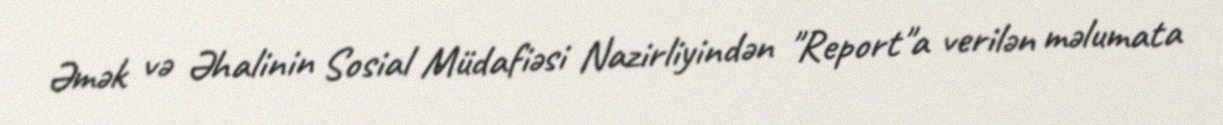
Əmək və Əhalinin Sosial Müdafiəsi Nazirliyindən "Report"a verilən məlumata